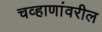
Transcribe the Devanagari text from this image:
चव्हाणांवरील